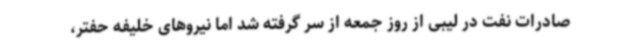
صادرات نفت در لیبی از روز جمعه از سر گرفته شد اما نیروهای خلیفه حفتر،